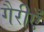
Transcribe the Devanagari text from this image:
गैरीएँ